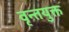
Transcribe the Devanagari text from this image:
वृन्तयुक्त